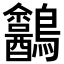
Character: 𪈍